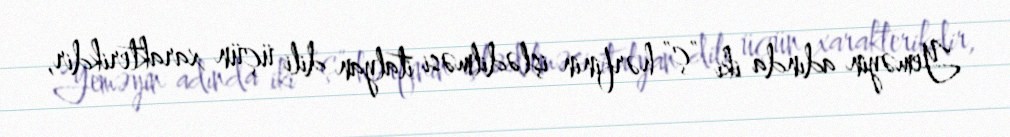
Yeməyin adında iki "ç" hərfinin işlədilməsi italyan dili üçün xarakterikdir,